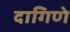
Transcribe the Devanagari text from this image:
दागिणे